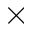
\times